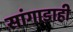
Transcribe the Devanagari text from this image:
सांगाडाही